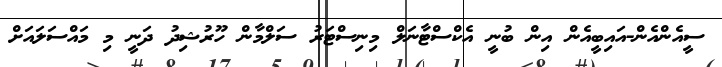
ސީއެންއެން-އައިބީއެން އިން ބުނީ އެކްސްޓާނަލް މިނިސްޓަރު ސަލްމާން ހޫރުޝިދު ދަނީ މި މައްސަލައަށް